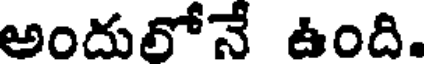
అందులోనే ఉంది.